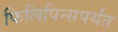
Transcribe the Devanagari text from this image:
फिलिपिन्सपर्यंत